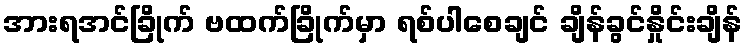
အားရအင်ခြိုက် ဗထက်ခြိုက်မှာ ရစ်ပါစေချင် ချိန်ခွင်နှိုင်းချိန်